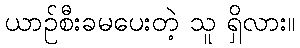
ယာဉ်စီးခမပေးတဲ့ သူ ရှိလား။